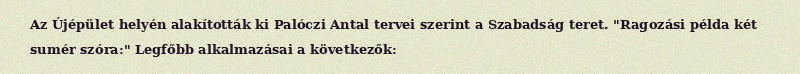
Az Újépület helyén alakították ki Palóczi Antal tervei szerint a Szabadság teret. "Ragozási példa két sumér szóra:" Legfőbb alkalmazásai a következők: